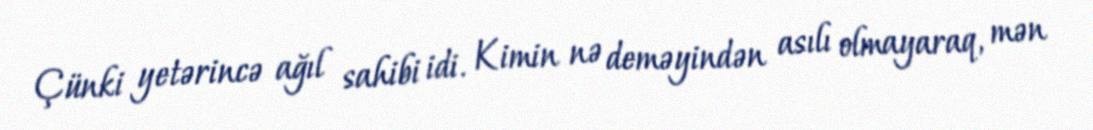
Çünki yetərincə ağıl sahibi idi. Kimin nə deməyindən asılı olmayaraq, mən